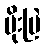
မိုးဗြဲ